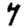
Digit: 7